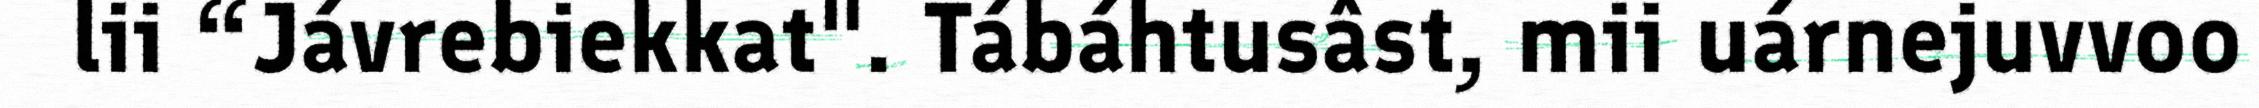
lii “Jávrebiekkat". Tábáhtusâst, mii uárnejuvvoo